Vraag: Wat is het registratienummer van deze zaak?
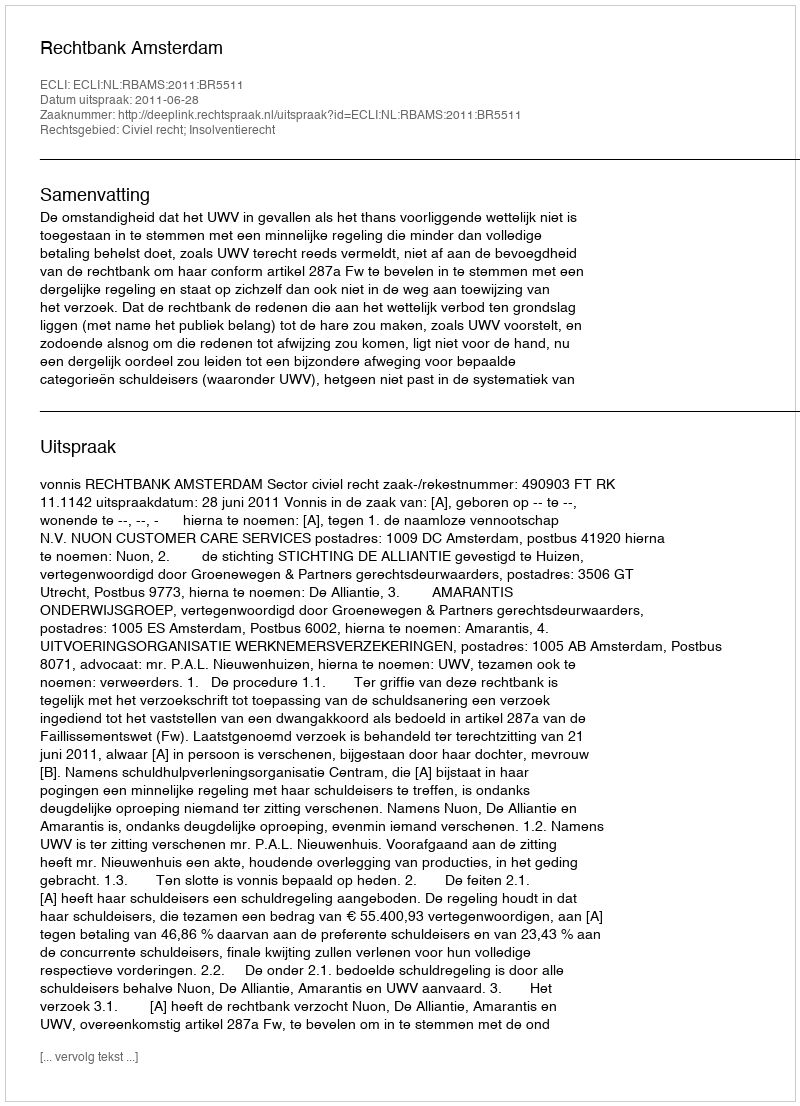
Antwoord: http://deeplink.rechtspraak.nl/uitspraak?id=ECLI:NL:RBAMS:2011:BR5511